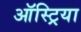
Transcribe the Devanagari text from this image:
ऑस्‍ट्रिया